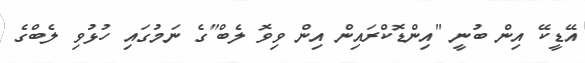
އޭޑީކޭ އިން ބުނީ "އިންޑޮކްރައިން އިން ވިވޮ ލެބް"ގެ ނަމުގައި ހުޅުވި ލެބްގެ